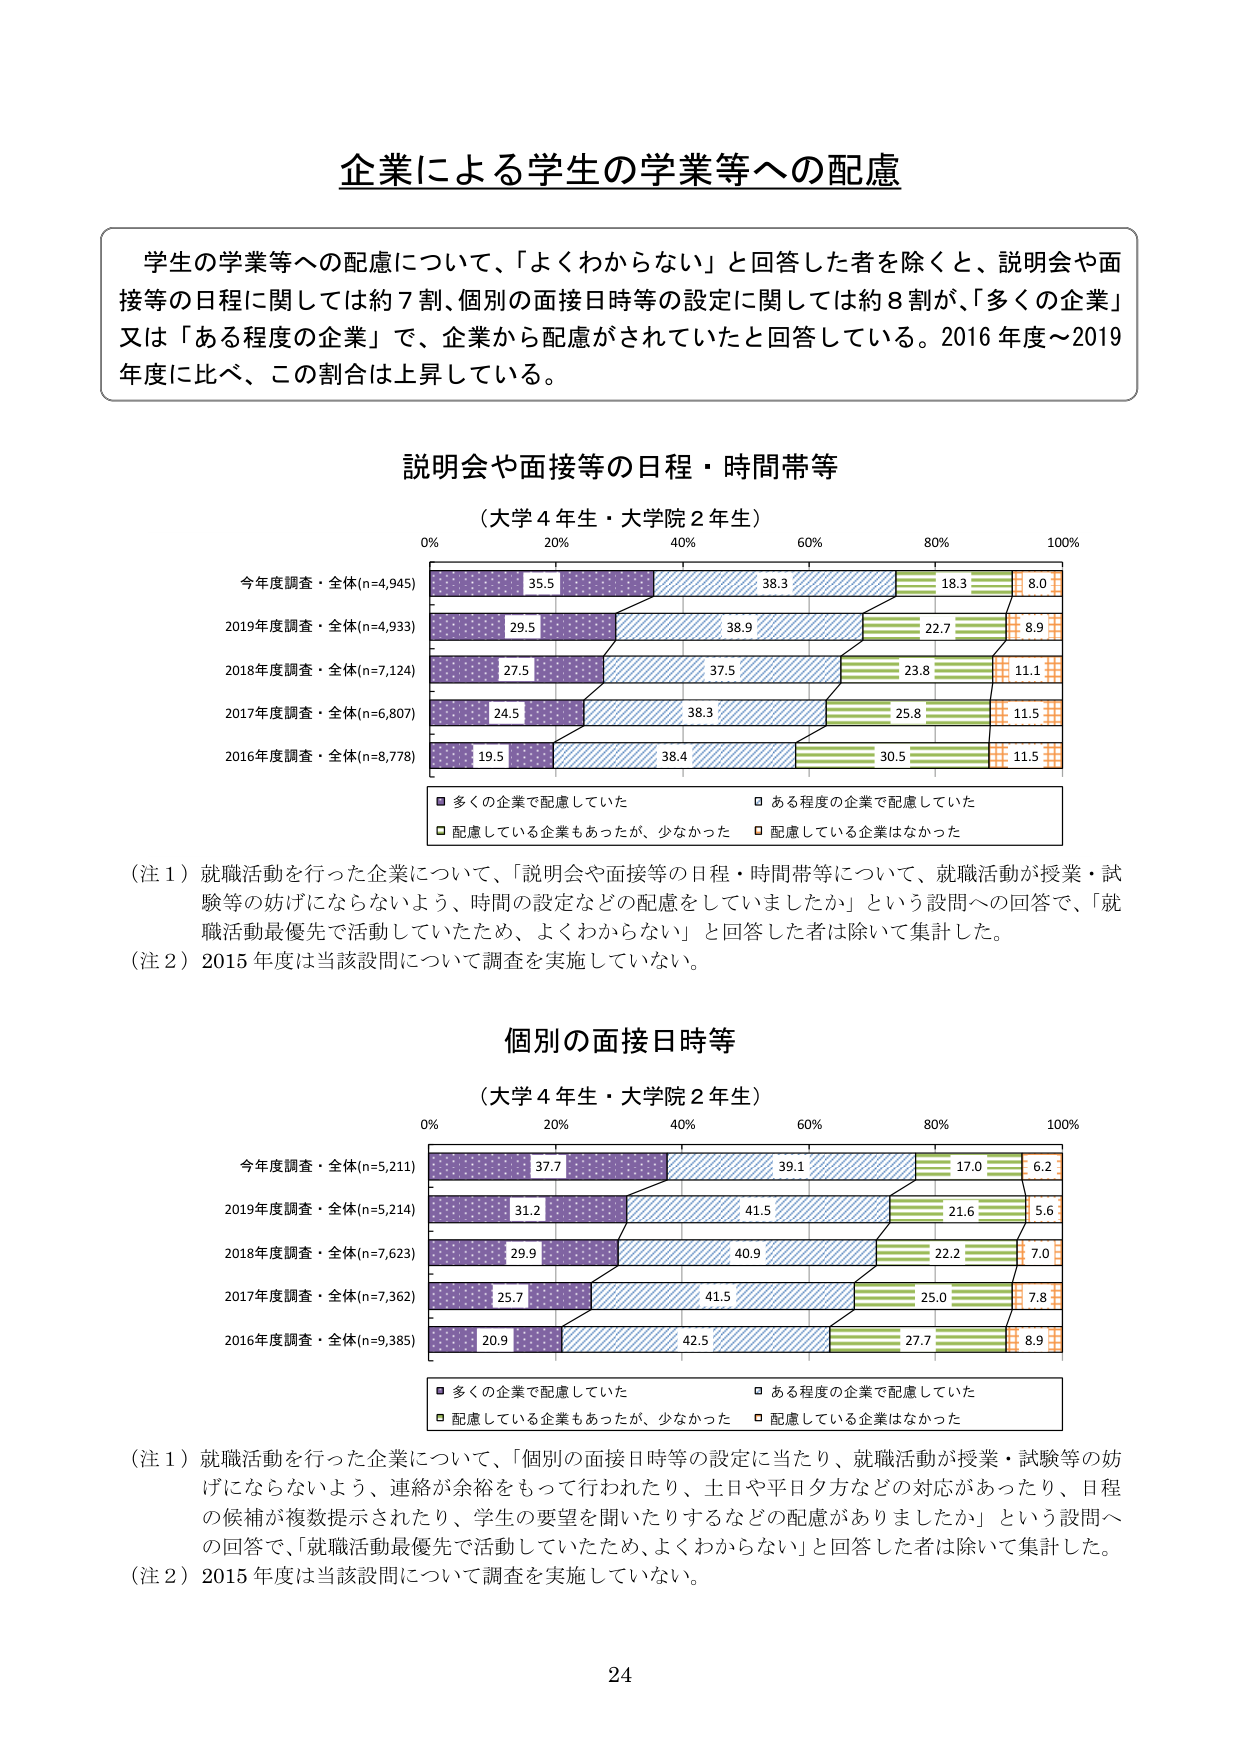
企業による学生の学業等への配慮

学生の学業等への配慮について、「よくわからない」と回答した者を除くと、説明会や面接等の日程に関しては約７割、個別の面接日時等の設定に関しては約８割が、「多くの企業」又は「ある程度の企業」で、企業から配慮がされていたと回答している。2016年度～2019年度に比べ、この割合は上昇している。

説明会や面接等の日程・時間等
（大学４年生・大学院２年生）

0% 20% 40% 60% 80% 100%

今年度調査・全体(n=4,945) 35.5 38.3 18.3 8.0
2019年度調査・全体(n=4,933) 29.5 38.9 22.7 8.9
2018年度調査・全体(n=7,124) 27.5 37.5 23.8 11.1
2017年度調査・全体(n=6,807) 24.5 38.3 25.8 11.5
2016年度調査・全体(n=8,778) 19.5 38.4 30.5 11.5

■ 多くの企業で配慮していた
□ ある程度の企業で配慮していた
■ 配慮している企業もあったが、少なかった
□ 配慮している企業はなかった

（注１）就職活動を行った企業について、「説明会や面接等の日程・時間帯等について、就職活動が授業・試験等の妨げにならないよう、時間の設定などの配慮をしていましたか」という設問への回答で、「就職活動最優先で活動していたため、よくわからない」と回答した者は除いて集計した。
（注２）2015年度は当該設問について調査を実施していない。

個別の面接日時等
（大学４年生・大学院２年生）

0% 20% 40% 60% 80% 100%

今年度調査・全体(n=5,211) 37.7 39.1 17.0 6.2
2019年度調査・全体(n=5,214) 31.2 41.5 21.6 5.6
2018年度調査・全体(n=7,623) 29.9 40.9 22.2 7.0
2017年度調査・全体(n=7,362) 25.7 41.5 25.0 7.8
2016年度調査・全体(n=9,385) 20.9 42.5 27.7 8.9

■ 多くの企業で配慮していた
□ ある程度の企業で配慮していた
■ 配慮している企業もあったが、少なかった
□ 配慮している企業はなかった

（注１）就職活動を行った企業について、「個別の面接日時等の設定に当たり、就職活動が授業・試験等の妨げにならないよう、連絡が余裕をもって行われたり、土日や平日夕方などの対応があったり、日程の候補が複数提示されたり、学生の要望を聞いたりするなどの配慮がありましたか」という設問への回答で、「就職活動最優先で活動していたため、よくわからない」と回答した者は除いて集計した。
（注２）2015年度は当該設問について調査を実施していない。

24